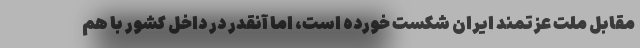
مقابل ملت عزتمند ایران شکست خورده است، اما آنقدر در داخل کشور با هم